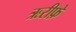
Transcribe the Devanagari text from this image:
ऋरीफ़े